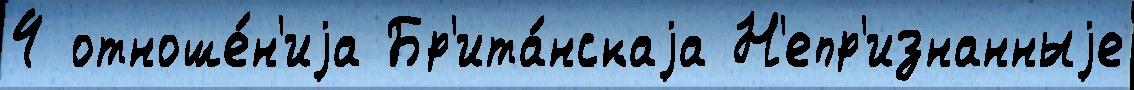
4 отноше́н'иjа Бр'ита́нскаjа Н'епр'изнанныjе